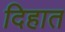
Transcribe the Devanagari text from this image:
दिहात